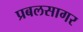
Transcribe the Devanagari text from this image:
प्रबलसागर